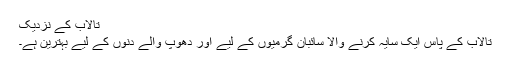
تالاب کے نزدیک
تالاب کے پاس ایک سایہ کرنے والا سائبان گرمیوں کے لیے اور دھوپ والے دنوں کے لیے بہترین ہے۔